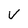
Character: V